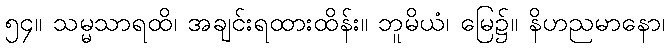
၅၄။ သမ္မသာရထိ၊ အချင်းရထားထိန်း။ ဘူမိယံ၊ မြေ၌။ နိဟညမာနော၊